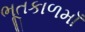
ભૂતકાળમાઁ